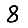
Digit: 8